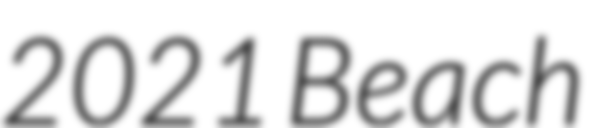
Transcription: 2021 Beach